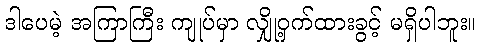
ဒါပေမဲ့ အကြာကြီး ကျုပ်မှာ လျှို့ဝှက်ထားခွင့် မရှိပါဘူး။